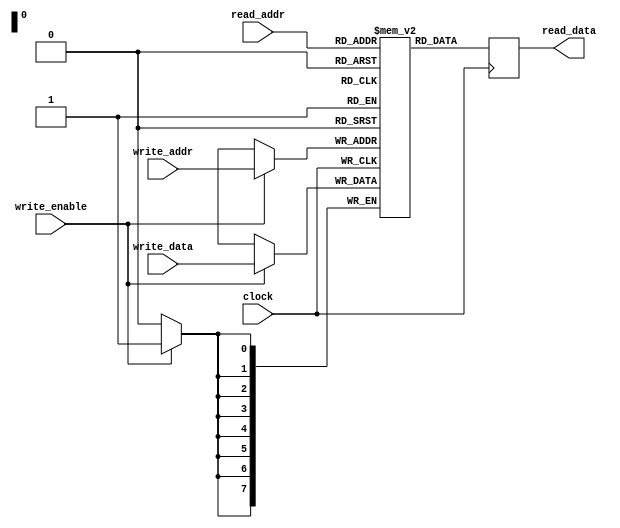
module dual_port_ram (
    input wire [7:0] read_addr,
    output reg [7:0] read_data,
    input wire [7:0] write_addr,
    input wire [7:0] write_data,
    input wire write_enable,
    input wire clock
);

reg [7:0] memory [0:255];

always @(posedge clock) begin
    if (write_enable) begin
        memory[write_addr] <= write_data;
    end
    read_data <= memory[read_addr];
end

endmodule